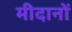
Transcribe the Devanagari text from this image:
मीदानों